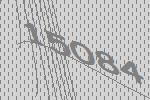
15084